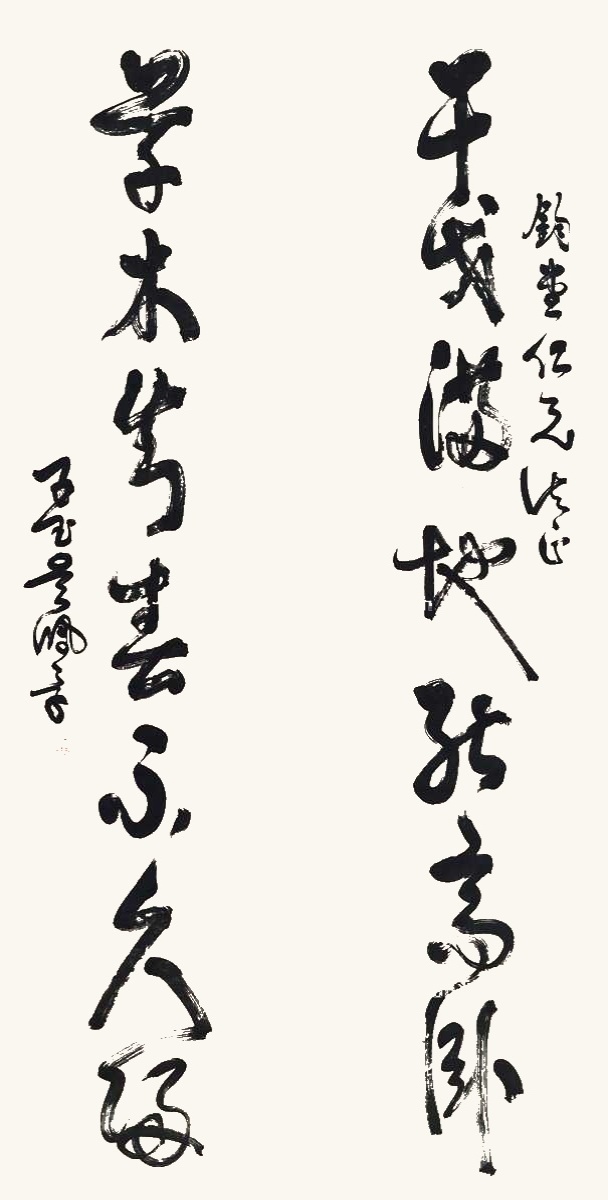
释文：干戈满地能高卧，草木知春不久归。钧堂仁兄法正。子玉吴佩孚。